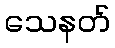
သေနတ်